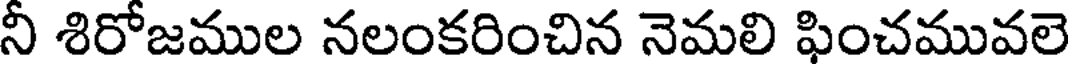
నీ శిరోజముల నలంకరించిన నెమలి ఫించమువలె